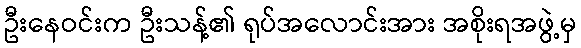
ဦးနေဝင်းက ဦးသန့်၏ ရုပ်အလောင်းအား အစိုးရအဖွဲ့မှ